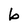
Character: b